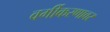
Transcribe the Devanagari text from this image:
वर्गीकरणावर